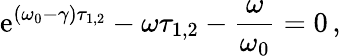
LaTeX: \mathrm{e}^{(\omega_{0}-\gamma)\tau_{1,2}}-\omega\tau_{1,2}-\frac{{\omega}}{{\omega_{0}}}=0\, ,